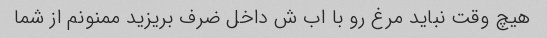
هیچ وقت نباید مرغ رو با اب ش داخل ضرف بریزید ممنونم از شما